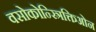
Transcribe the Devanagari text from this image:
वसोकोन्स्त्रिक्तिओन